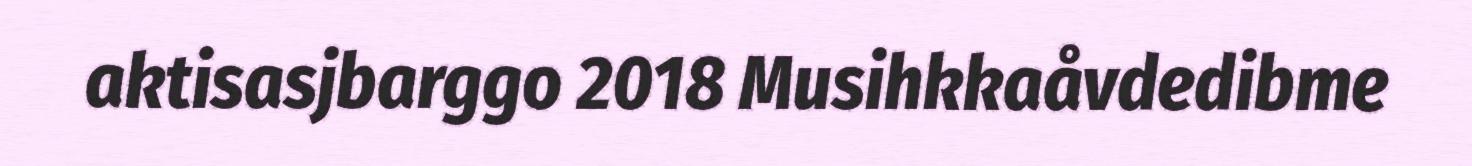
aktisasjbarggo 2018 Musihkkaåvdedibme